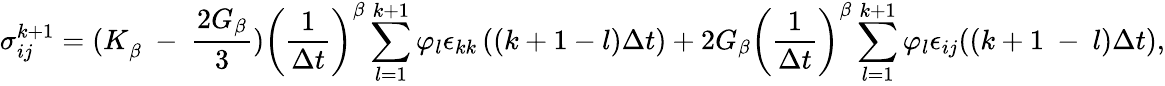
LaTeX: \sigma_{ij}^{k+1}={(K}_{\beta}\ -\ \frac{2G_{\beta}}{3})\left(\frac{1}{\Delta t}\right)^{\beta}\sum_{l=1}^{k+1}\varphi_{l}\epsilon_{kk}\left(\left(k+1-l\right)\Delta t\right)+2G_{\beta}\left(\frac{1}{\Delta t}\right)^{\beta}\sum_{l=1}^{k+1}\varphi_{l}\epsilon_{ij}((k+1\ -\ l)\Delta t),